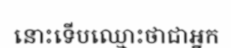
នោះទើបឈ្មោះថាជាអ្នក